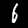
Label: 6